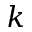
k